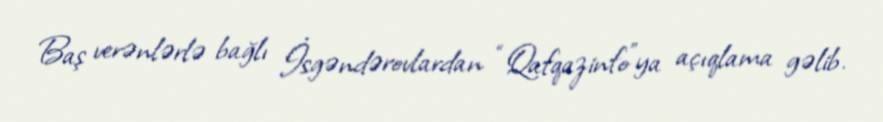
Baş verənlərlə bağlı İsgəndərovlardan “Qafqazinfo”ya açıqlama gəlib.